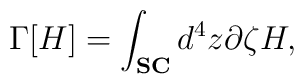
\Gamma[H]=\int_{\bf SC} d^{4}z \partial\zeta H,